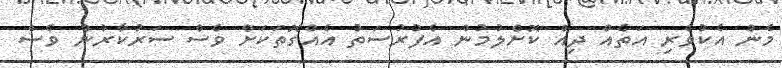
މެން އެކުވެރި އަތެއް ދިއް ކޮށްލުމުން އެފުރުސަތު އެއްގޮތަކަށް ވެސް ސަރުކާރުން ވެސް